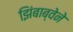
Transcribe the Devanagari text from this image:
झिंबाब्वेने